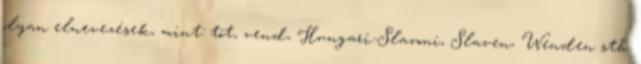
olyan elnevezések, mint: tót, vend, Hungari-Slavoni, Slaven, Wenden stb.